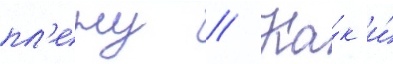
пл'ену // Ка́к и́